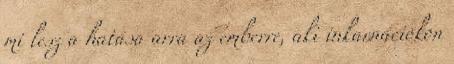
mi lesz a hatása arra az emberre, aki inkarnációkon